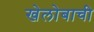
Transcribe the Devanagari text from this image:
खेलोबाची